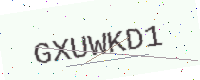
Text: GXUWKD1